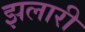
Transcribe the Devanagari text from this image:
झलारी